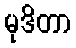
မုဒိတာ